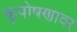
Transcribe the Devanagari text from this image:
कुपोषणावर